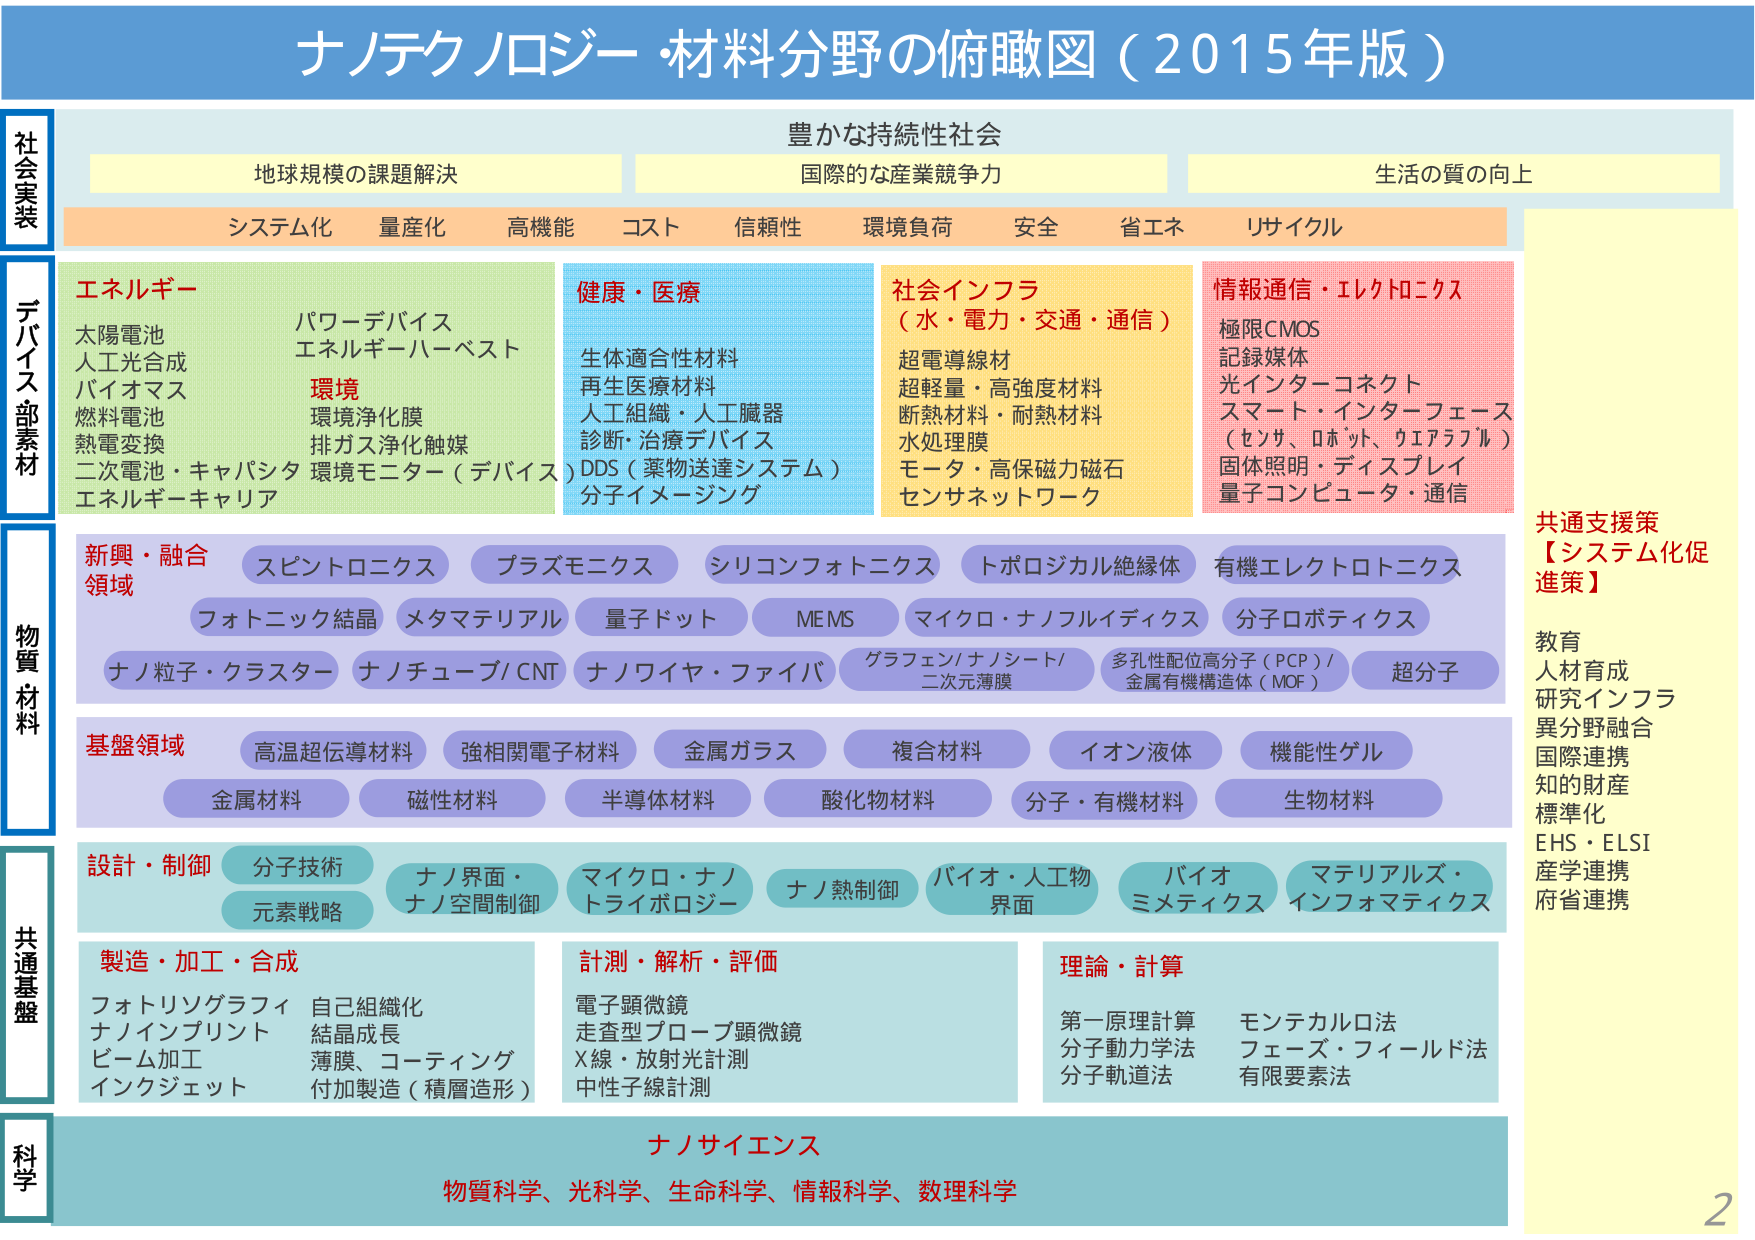
ナノテクノロジー・材料分野の俯瞰図（2015年版）

社会実装
地球規模の課題解決
豊かな持続性社会
国際的な産業競争力
生活の質の向上
システム化 量産化 高機能 コスト 信頼性 環境負荷 安全 省エネ リサイクル

デバイス部素材
エネルギー
太陽電池
人工光合成
バイオマス
燃料電池
熱電変換
二次電池・キャパシタ
エネルギー・キャリア
パワーデバイス
エネルギー・ハーベスト
環境
環境浄化膜
排ガス浄化触媒
環境モニター（デバイス）

健康・医療
生体適合性材料
再生医療材料
人工組織・人工臓器
診断・治療デバイス
DDS（薬物送達システム）
分子イメージング

社会インフラ
（水・電力・交通・通信）
超電導線材
超軽量・高強度材料
断熱材料・耐熱材料
水処理膜
モータ・高保磁力磁石
センサネットワーク

情報通信・エレクトロニクス
極限CMOS
記録媒体
光インターフェース
スマート・インターフェース
（センサ、ロボット、ウエアラブル）
固体照明・ディスプレイ
量子コンピュータ・通信

物質材料
新興・融合領域
スピントロニクス
プラズモニクス
シリコンフォトニクス
トポロジカル絶縁体
有機エレクトロニクス
フォトニック結晶
メタマテリアル
量子ドット
MEMS
マイクロ・ナノフルイディクス
分子ロボティクス
ナノ粒子・クラスター
ナノチューブ/CNT
ナノワイヤ・ファイバ
グラフェン/ナノシート/
二次元薄膜
多孔性配位高分子（PCP）/
金属有機構造体（MOF）
超分子

基盤領域
高温超伝導材料
強相関電子材料
金属ガラス
複合材料
イオン液体
機能性ゲル
金属材料
磁性材料
半導体材料
酸化物材料
分子・有機材料
生物材料

設計・制御
分子技術
元素戦略
ナノ界面・
ナノ空間制御
マイクロ・ナノ
トライボロジー
ナノ熱制御
バイオ・人工物
界面
バイオ
ミメティクス
マテリアルズ・
インフォマティクス

共通基盤
製造・加工・合成
フォトリソグラフィ
ナノインプリント
ビーム加工
インクジェット
自己組織化
結晶成長
薄膜、コーティング
付加製造（積層造形）

計測・解析・評価
電子顕微鏡
走査型プローブ顕微鏡
X線・放射光計測
中性子線計測

理論・計算
第一原理計算
分子動力学法
分子軌道法
モンテカルロ法
フェーズ・フィールド法
有限要素法

科学
ナノサイエンス
物質科学、光科学、生命科学、情報科学、数理科学

共通支援策
【システム化促進策】
教育
人材育成
研究インフラ
異分野融合
国際連携
知的財産
標準化
EHS・ELSI
産学連携
府省連携

2